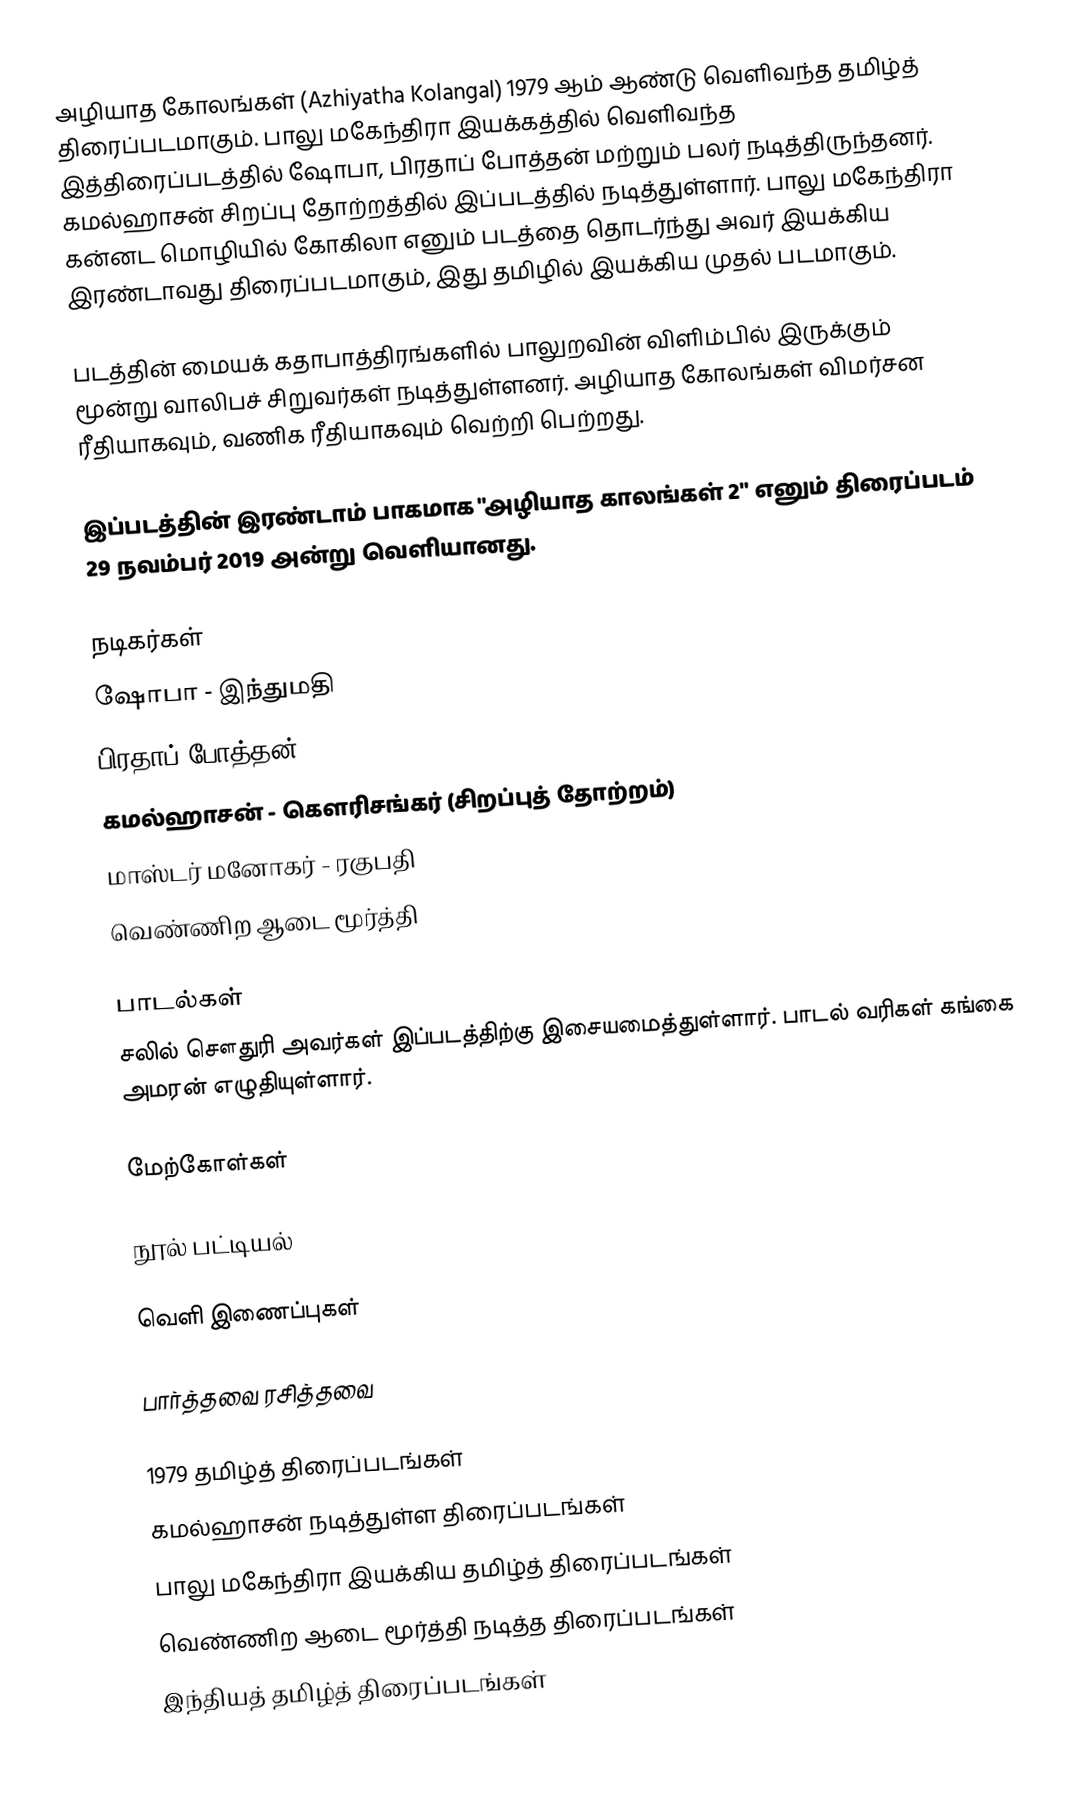
அழியாத கோலங்கள் (Azhiyatha Kolangal) 1979 ஆம் ஆண்டு வெளிவந்த தமிழ்த் திரைப்படமாகும். பாலு மகேந்திரா இயக்கத்தில் வெளிவந்த இத்திரைப்படத்தில் ஷோபா, பிரதாப் போத்தன் மற்றும் பலர் நடித்திருந்தனர். கமல்ஹாசன் சிறப்பு தோற்றத்தில் இப்படத்தில் நடித்துள்ளார். பாலு மகேந்திரா கன்னட மொழியில் கோகிலா எனும் படத்தை தொடர்ந்து அவர் இயக்கிய இரண்டாவது திரைப்படமாகும், இது தமிழில் இயக்கிய முதல் படமாகும்.

படத்தின் மையக் கதாபாத்திரங்களில் பாலுறவின் விளிம்பில் இருக்கும் மூன்று வாலிபச் சிறுவர்கள்  நடித்துள்ளனர். அழியாத கோலங்கள் விமர்சன ரீதியாகவும், வணிக ரீதியாகவும் வெற்றி பெற்றது.

இப்படத்தின் இரண்டாம் பாகமாக "அழியாத காலங்கள் 2" எனும் திரைப்படம் 29 நவம்பர் 2019 அன்று வெளியானது.

நடிகர்கள்
ஷோபா - இந்துமதி
பிரதாப் போத்தன்
கமல்ஹாசன் - கௌரிசங்கர் (சிறப்புத் தோற்றம்)
மாஸ்டர் மனோகர் - ரகுபதி
வெண்ணிற ஆடை மூர்த்தி

பாடல்கள்
சலில் சௌதுரி அவர்கள் இப்படத்திற்கு இசையமைத்துள்ளார். பாடல் வரிகள் கங்கை அமரன் எழுதியுள்ளார்.

மேற்கோள்கள்

நூல் பட்டியல்

வெளி இணைப்புகள்

 பார்த்தவை ரசித்தவை

1979 தமிழ்த் திரைப்படங்கள்
கமல்ஹாசன் நடித்துள்ள திரைப்படங்கள்
பாலு மகேந்திரா இயக்கிய தமிழ்த் திரைப்படங்கள்
வெண்ணிற ஆடை மூர்த்தி நடித்த திரைப்படங்கள்
இந்தியத் தமிழ்த் திரைப்படங்கள்